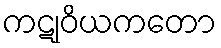
ကဋုဝိယကတော